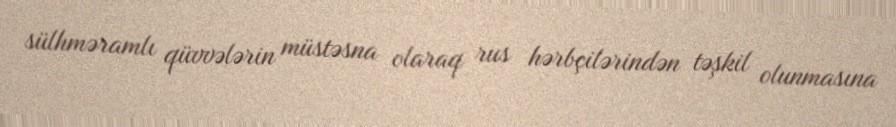
sülhməramlı qüvvələrin müstəsna olaraq rus hərbçilərindən təşkil olunmasına